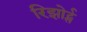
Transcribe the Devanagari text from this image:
रिझोर्ट्स